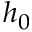
h _ { 0 }